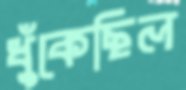
ধুঁকেছিল